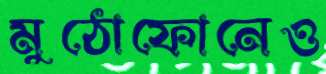
মুঠোফোনেও